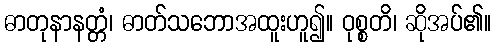
ဓာတုနာနတ္တံ၊ ဓာတ်သဘောအထူးဟူ၍။ ဝုစ္စတိ၊ ဆိုအပ်၏။